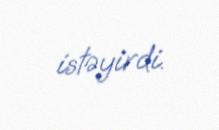
istəyirdi.